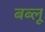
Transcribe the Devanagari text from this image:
बब्लू